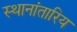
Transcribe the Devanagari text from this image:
स्थानांतारिय